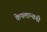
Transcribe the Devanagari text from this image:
केपलान्वयी